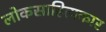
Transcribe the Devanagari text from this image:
लोकसाहित्यकार